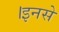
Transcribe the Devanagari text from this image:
।इनसे